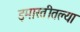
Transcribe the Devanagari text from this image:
इमारतीतल्या